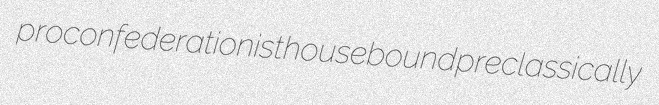
proconfederationist housebound preclassically